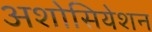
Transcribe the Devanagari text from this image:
अशोसियेशन